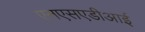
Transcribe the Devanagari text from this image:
एनएसएडीआई